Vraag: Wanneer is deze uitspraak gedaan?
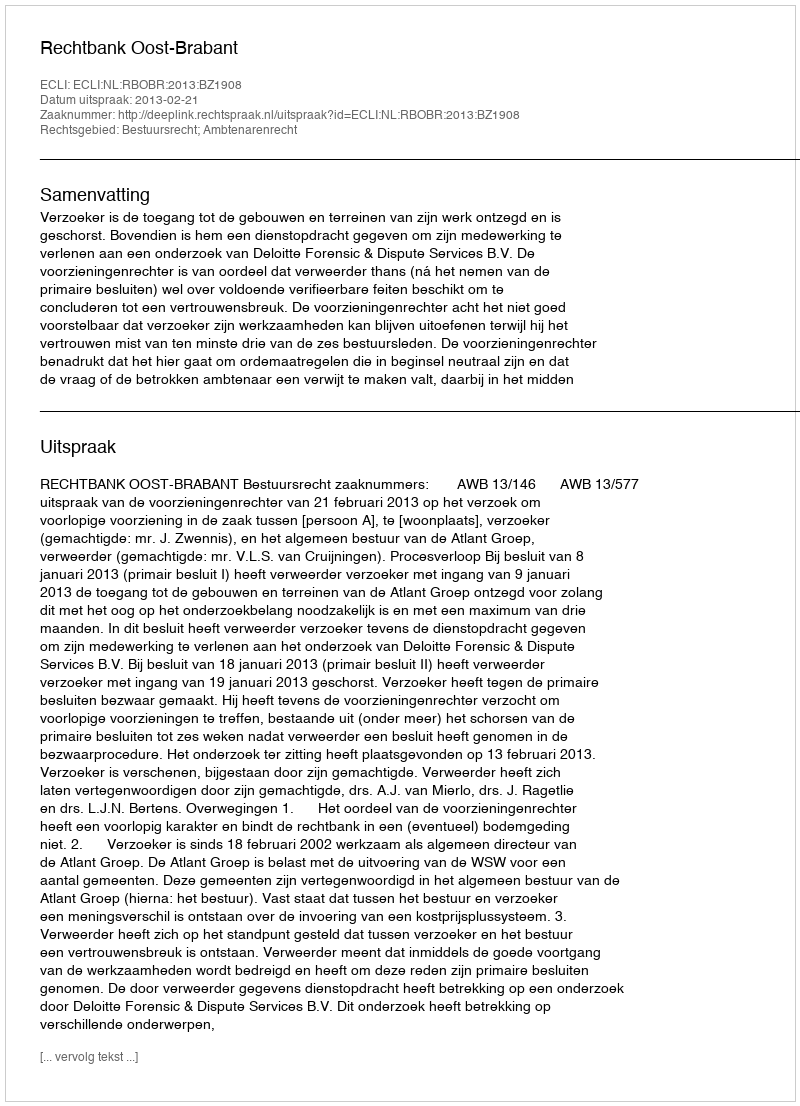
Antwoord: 2013-02-21